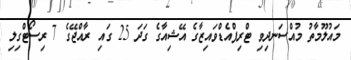
މައުލޫމާތު މުއްސަނދިވި ޓްރިޕްއެޑްވައިޒާގެ އޭޝިއާގެ ގަދަ 25 ގައި ރާއްޖޭގެ 7 ރިސޯޓްގިލި